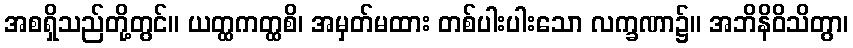
အစရှိသည်တို့တွင်။ ယတ္ထကတ္ထစိ၊ အမှတ်မထား တစ်ပါးပါးသော လက္ခဏာ၌။ အဘိနိဝိသိတွာ၊